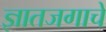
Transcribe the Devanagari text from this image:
ज्ञातजगाचे